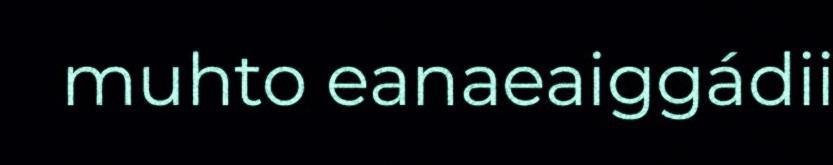
muhto eanaeaiggádii